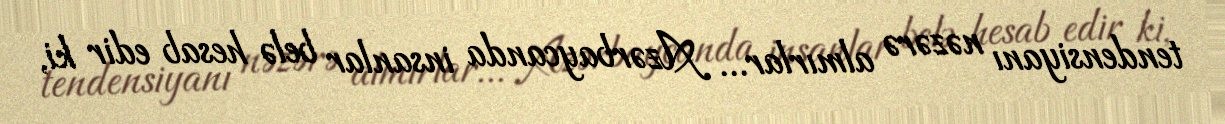
tendensiyanı nəzərə almırlar... Azərbaycanda insanlar belə hesab edir ki,